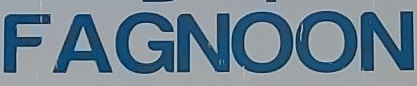
FAGNOON